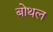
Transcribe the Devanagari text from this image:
बोथल